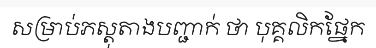
សម្រាប់ភស្តុតាងបញ្ជាក់ ថា បុគ្គលិកផ្នែក